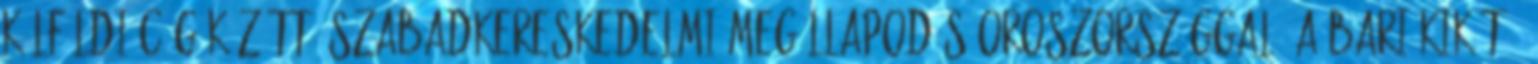
külföldi cég között -Szabadkereskedelmi megállapodás Oroszországgal -A bari kikötő,